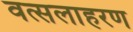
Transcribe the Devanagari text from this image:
वत्सलाहरण